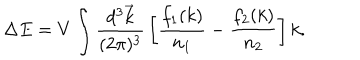
\Delta E = V \int { \frac { d ^ { 3 } \vec { k } } { ( 2 \pi ) ^ { 3 } } } \left[ { \frac { f _ { 1 } ( k ) } { n _ { 1 } } } - { \frac { f _ { 2 } ( k ) } { n _ { 2 } } } \right] k .